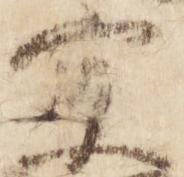
宗